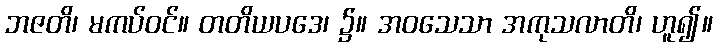
ဘဇတိ၊ မကပ်ဝင်။ တတိယပဒေ၊ ၌။ အဝသေသာ အကုသလာတိ၊ ဟူ၍။